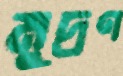
মুদ্রণ